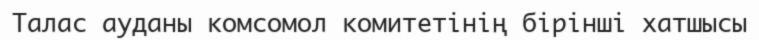
Талас ауданы комсомол комитетінің бірінші хатшысы